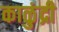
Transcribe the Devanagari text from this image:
काळुंद्री